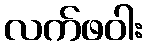
လက်ဖဝါး